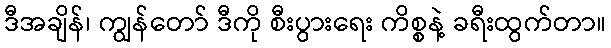
ဒီအချိန်၊ ကျွန်တော် ဒီကို စီးပွားရေး ကိစ္စနဲ့ ခရီးထွက်တာ။